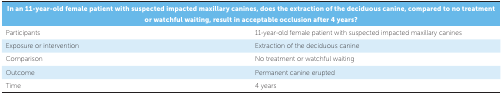
| <COLSPAN=2> In an 11-year-old female patient with suspectedimpacted maxillary canines, does the extraction of the deciduous canine,compared to no treatment or watchful waiting, result in acceptable occlusionafter 4 years? |
 | --- | --- |
 | Participants | 11-year-old female patient with suspected impactedmaxillary canines |
 | Exposure or intervention | Extraction of the deciduous canine |
 | Comparison | No treatment or watchful waiting |
 | Outcome | Permanent canine erupted |
 | Time | 4 years |